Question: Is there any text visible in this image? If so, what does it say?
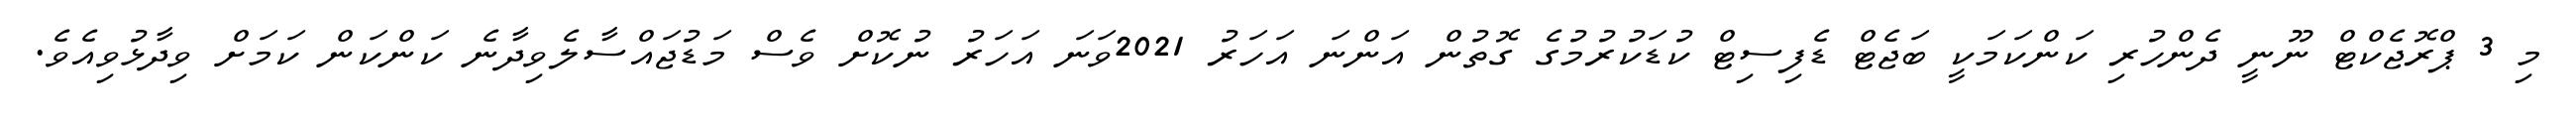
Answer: މި 3 ޕްރޮޖެކްޓް ނޫނީ ދެންހުރި ކަންކަމަކީ ބަޖެޓް ޑެފިސިޓް ކުޑަކުރުމުގެ ގޮތުން އަންނަ އަހަރު 2021ވަނަ އަހަރު ނުކޮށް ވެސް މަޑުޖައްސާލެވިދާނެ ކަންކަން ކަމަށް ވިދާޅުވިއެވެ.